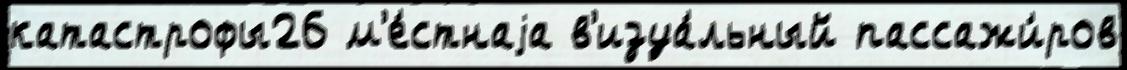
катастрофы26 м'е́стнаjа в'изуа́льный пассажи́ров